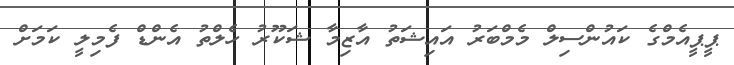
ޕީޕީއެމްގެ ކައުންސިލް މެމްބަރު އައިޝަތު އާޒިމާ ޝަކޫރު ހެލްތު އެންޑް ފެމިލީ ކަމަށް